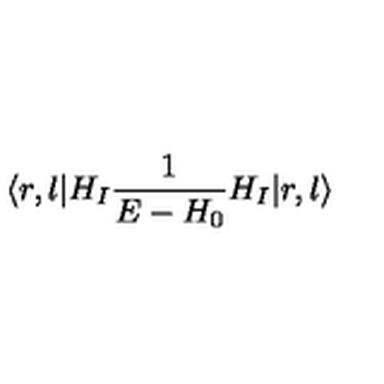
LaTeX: \langle r , l | H _ { I } { \frac { 1 } { E - H _ { 0 } } } H _ { I } | r , l \rangle